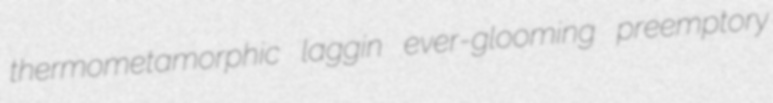
thermometamorphic laggin ever-glooming preemptory